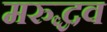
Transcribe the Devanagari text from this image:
मरुद्धव